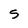
Character: 5